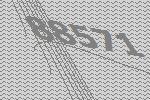
88571